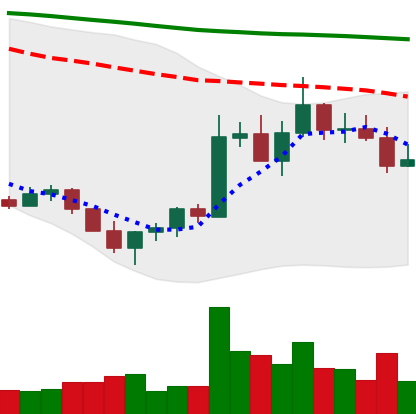
Ticker: ADA-USD
Chart end date: 2022-11-03
Forward return: -4.516%
Label: down_3_5